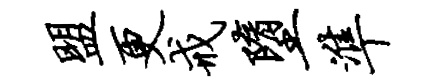
盟更戒堕准